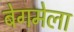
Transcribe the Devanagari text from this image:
बेगमेला